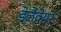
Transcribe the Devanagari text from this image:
डेलैवेयर